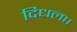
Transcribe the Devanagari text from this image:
दिधला।